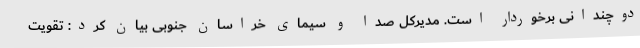
دوچندانی برخوردار است. مدیرکل صدا و سیمای خراسان جنوبی بیان کرد: تقویت